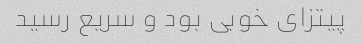
پیتزای خوبی بود و سریع رسید